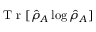
\mathrm { ~ T ~ r ~ } [ \hat { \rho } _ { A } \log \hat { \rho } _ { A } ]